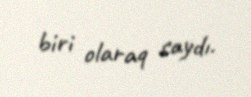
biri olaraq saydı.